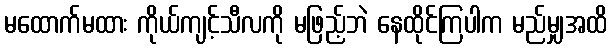
မထောက်မထား ကိုယ်ကျင့်သီလကို မဖြည့်ဘဲ နေထိုင်ကြပါက မည်မျှအထိ